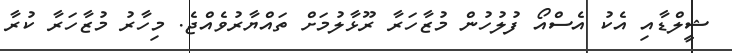
ޝީލްޑާއި އެކު އެސްއޯ ފުލުހުން މުޒާހަރާ ރޫޅާލުމަށް ތައްޔާރުވެއްޖެ. މިހާރު މުޒާހަރާ ކުރާ